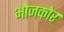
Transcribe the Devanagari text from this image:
भोजकोर